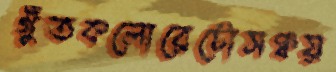
গুঁতকলোরেটোসঞ্চয়